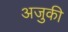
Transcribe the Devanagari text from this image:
अजुकी